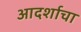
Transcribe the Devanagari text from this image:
आदर्शाचा